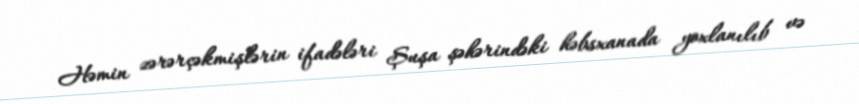
Həmin zərərçəkmişlərin ifadələri Şuşa şəhərindəki həbsxanada yoxlanılıb və